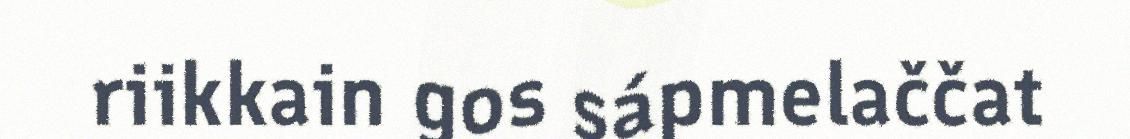
riikkain gos sápmelaččat